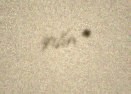
qılın".